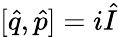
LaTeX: [\hat{q},\hat{p}]=i\hat{I}